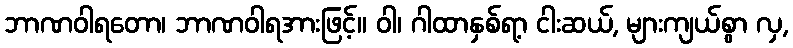
ဘာဏဝါရတော၊ ဘာဏဝါရအားဖြင့်။ ဝါ၊ ဂါထာနှစ်ရာ့ ငါးဆယ်, များကျယ်စွာ လှ,